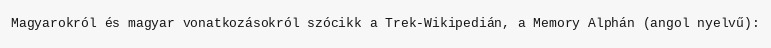
Magyarokról és magyar vonatkozásokról szócikk a Trek-Wikipedián, a Memory Alphán (angol nyelvű):